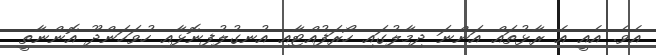
އެވެ. އެއީ އެ ރާޅުތައް އަންނަ ދިމާލުގައި ހޯރަފުއްޓާއި އުނގުލުފިނޮޅާއި ހުވަހަންދޫ އޮންނާތީ